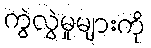
ကွဲလွဲမှုများကို